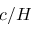
c / H